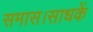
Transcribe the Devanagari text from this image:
समास।साधकें